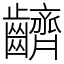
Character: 䶩